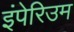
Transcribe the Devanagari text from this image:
इंपेरिउम